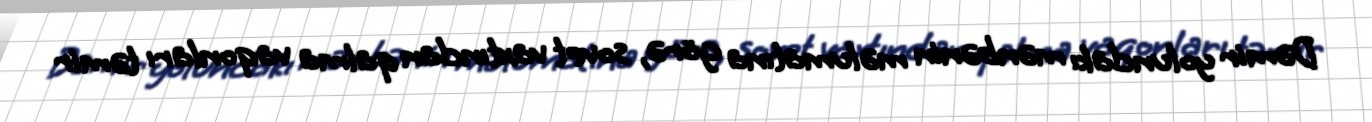
Dəmir yolundakı mənbənin məlumatına görə, sovet vaxtından qalma vaqonları təmir